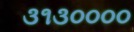
૩૧૩૦૦૦૦